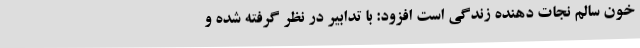
خون سالم نجات دهنده زندگی است افزود: با تدابیر در نظر گرفته شده و